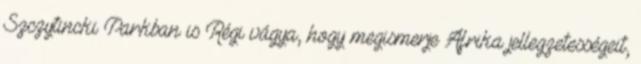
Szczytincki Parkban is Régi vágya, hogy megismerje Afrika jellegzetességeit,